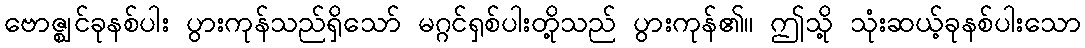
ဗောဇ္ဈင်ခုနစ်ပါး ပွားကုန်သည်ရှိသော် မဂ္ဂင်ရှစ်ပါးတို့သည် ပွားကုန်၏။ ဤသို့ သုံးဆယ့်ခုနစ်ပါးသော